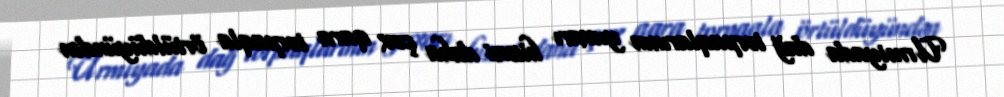
Urmiyada dağ torpaqlarının yuxarı hissəsi daha çox qara torpaqla örtüldüyündən